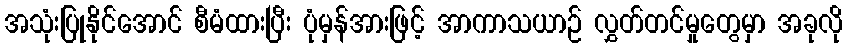
အသုံးပြုနိုင်အောင် စီမံထားပြီး ပုံမှန်အားဖြင့် အာကာသယာဉ် လွှတ်တင်မှုတွေမှာ အခုလို